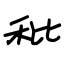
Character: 秕